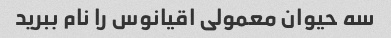
سه حیوان معمولی اقیانوس را نام ببرید